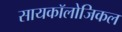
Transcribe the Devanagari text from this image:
सायकॉलोजिकल